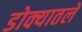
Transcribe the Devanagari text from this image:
डोक्यातले